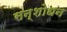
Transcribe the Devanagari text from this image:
सन्शोधन